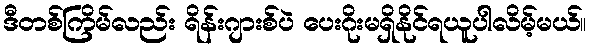
ဒီတစ်ကြိမ်လည်း ရိန်းဂျားစ်ပဲ ပေးဂိုးမရှိနိုင်ရယူပါလိမ့်မယ်။